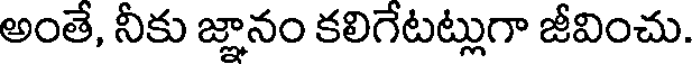
అంతే, నీకు జ్ఞానం కలిగేటట్లుగా జీవించు.